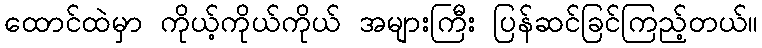
ထောင်ထဲမှာ ကိုယ့်ကိုယ်ကိုယ် အများကြီး ပြန်ဆင်ခြင်ကြည့်တယ်။